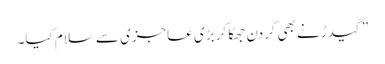
” گیدڑ نے بھی گردن جھکا کر بڑی عاجزی سے سلام کیا۔